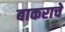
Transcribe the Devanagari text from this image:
बाकराचे